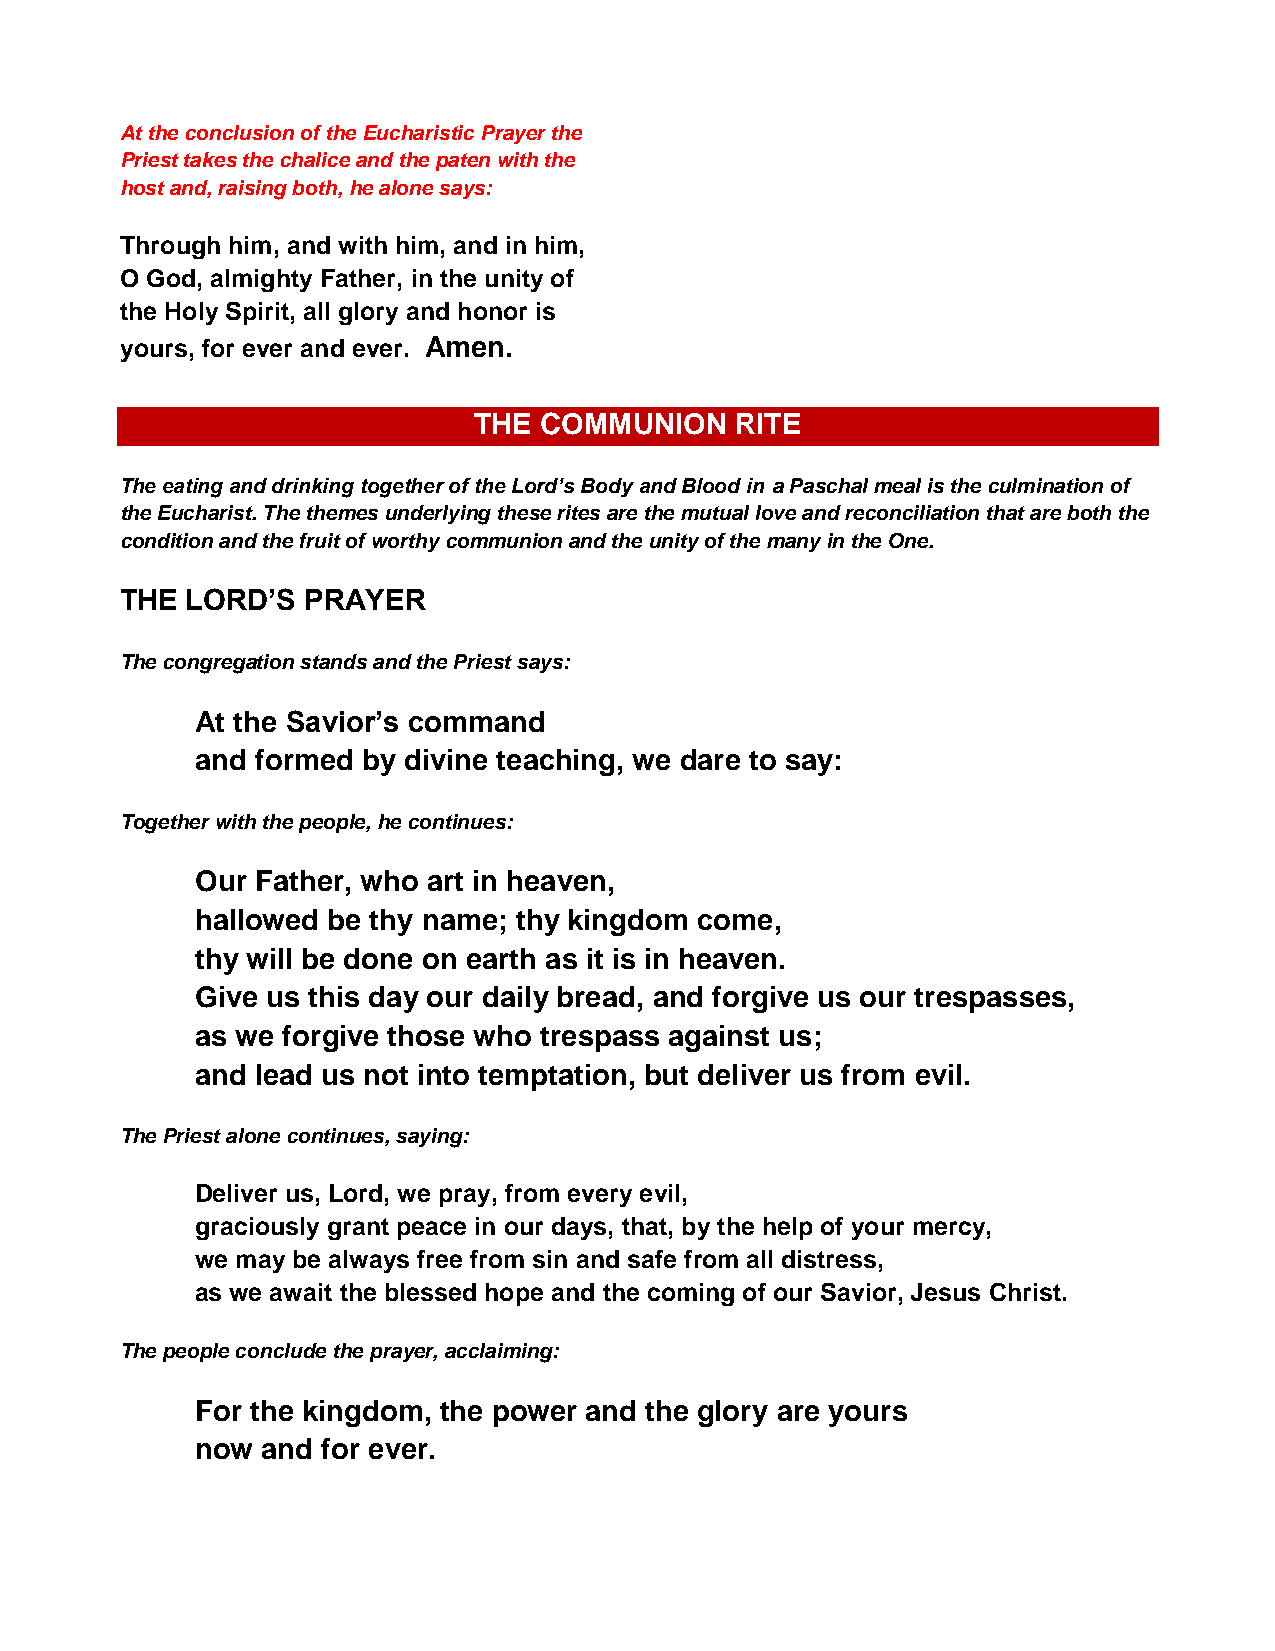
At the conclusion of the Eucharistic Prayer the
 Priest takes the chalice and the paten with the
 host and, raising both, he alone says:
 Through him, and with him, and in him,
 O God, almighty Father, in the unity of
 the Holy Spirit, all glory and honor is
 yours, for ever and ever. Amen.
 THE  COMMUNION    RITE
 The eating and drinking together of the Lord’s Body and Blood in a Paschal meal is the culmination of
 the Eucharist. The themes underlying these rites are the mutual love and reconciliation that are both the
 condition and the fruit of worthy communion and the unity of the many in the One.
 THE LORD’S  PRAYER
 The congregation stands and the Priest says:
 At the Savior’s command
 and formed by divine teaching, we dare to say:
 Together with the people, he continues:
 Our Father, who art in heaven,
 hallowed be thy name; thy kingdom come,
 thy will be done on earth as it is in heaven.
 Give us this day our daily bread, and forgive us our trespasses,
 as we forgive those who trespass against us;
 and lead us not into temptation, but deliver us from evil.
 The Priest alone continues, saying:
 Deliver us, Lord, we pray, from every evil,
 graciously grant peace in our days, that, by the help of your mercy,
 we may be always free from sin and safe from all distress,
 as we await the blessed hope and the coming of our Savior, Jesus Christ.
 The people conclude the prayer, acclaiming:
 For the kingdom, the power and the glory are yours
 now and for ever.